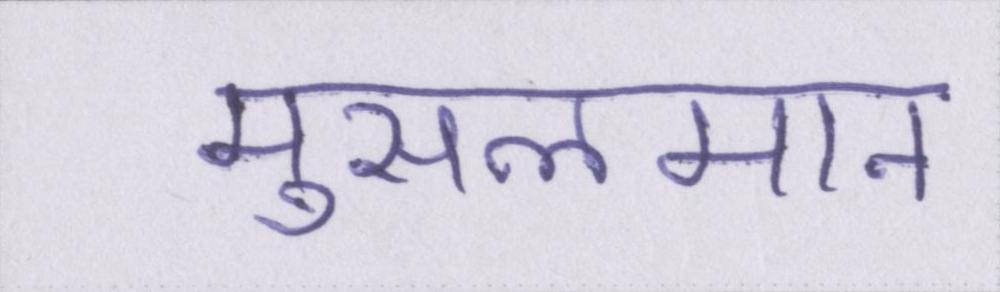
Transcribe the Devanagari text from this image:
मुसलमान